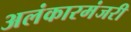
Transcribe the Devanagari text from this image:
अलंकारमंजरी